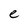
Character: e